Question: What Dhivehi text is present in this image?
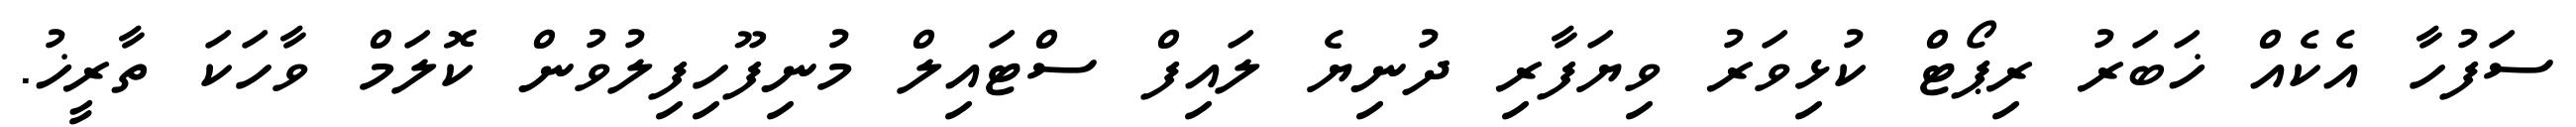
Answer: ސަފުހާ އެކެއް ޚަބަރު ރިޕޯޓް ކުޅިވަރު ވިޔަފާރި ދުނިޔެ ލައިފް ސްޓައިލް މުނިފޫހިފިލުވުން ކޮލަމް ވާހަކަ ތާރީޚު.